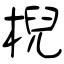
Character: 棿